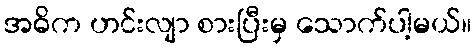
အဓိက ဟင်းလျာ စားပြီးမှ သောက်ပါ့မယ်။